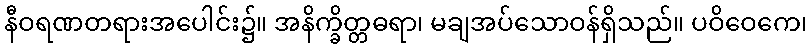
နီဝရဏတရားအပေါင်း၌။ အနိက္ခိတ္တဓရာ၊ မချအပ်သောဝန်ရှိသည်။ ပဝိဝေကေ၊